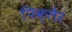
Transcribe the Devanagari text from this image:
पिक्लेर